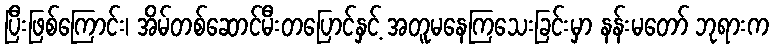
ပြီးဖြစ်ကြောင်း၊ အိမ်တစ်ဆောင်မီးတပြောင်နှင့် အတူမနေကြသေးခြင်းမှာ နန်းမတော် ဘုရားက